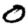
Digit: 0